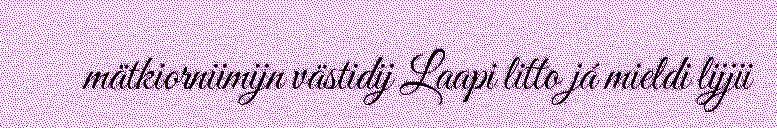
mätkiorniimijn västidij Laapi litto já mieldi lijjii